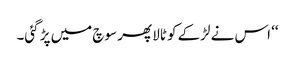
‘‘ اس نے لڑکے کو ٹالا پھر سوچ میں پڑ گئی۔